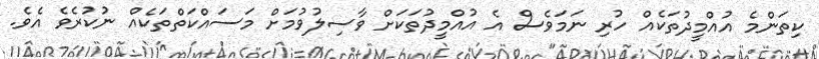
ކިތަންމެ އުއްމީދުތަކެއް ހުރި ނަމަވެސް އެ އުއްމީދުތަކަށް ވާސިލުވުމަށް މަސައްކަތްތަކެއް ނުކުރެވެ އެވެ.